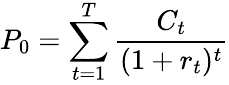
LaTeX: P_{0}=\sum_{t=1}^{T}{\frac{C_{t}}{(1+r_{t})^{t}}}